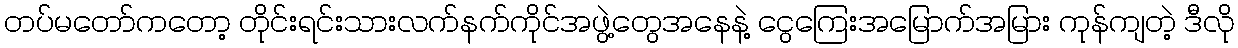
တပ်မတော်ကတော့ တိုင်းရင်းသားလက်နက်ကိုင်အဖွဲ့တွေအနေနဲ့ ငွေကြေးအမြောက်အမြား ကုန်ကျတဲ့ ဒီလို